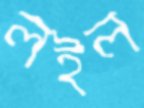
লইল